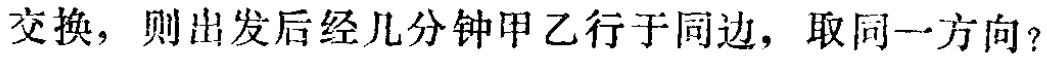
交换，则出发后经几分钟甲乙行于同边，取同一方向？